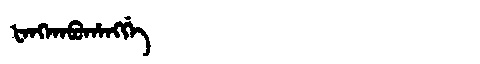
Manchu: ᡶᠠᠩᡴᠠᠪᡠᡥᠠᠩᡤᡝ
Romanization: FANGKABUHANGGE